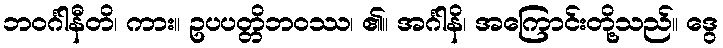
ဘဝင်္ဂါနီတိ၊ ကား။ ဥပပတ္တိဘဝဿ၊ ၏။ အင်္ဂါနိ၊ အကြောင်းတို့သည်။ ဒွေ